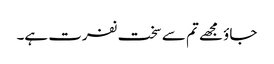
جاؤ مجھے تم سے سخت نفرت ہے۔